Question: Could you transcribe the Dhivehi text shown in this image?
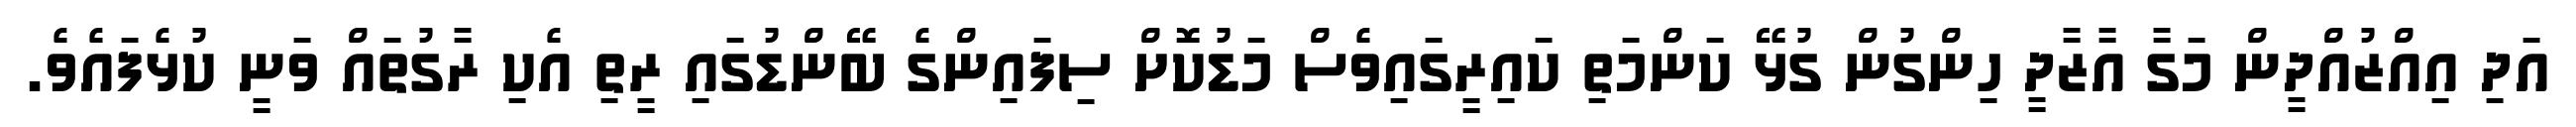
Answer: އަދި އިއްޒުއްދީން މަގާ އާޒާދީ ހިންގުން ގުޅޭ ކަންމަތި ކައިރީގައިވެސް މަޑުކޮށް ސިފައިންގެ ބޭންޑުގައި ރީތި އެކި ރާގުތައް ވަނީ ކުޅެފައެވެ.